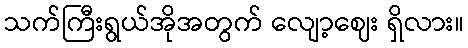
သက်ကြီးရွယ်အိုအတွက် လျော့ဈေး ရှိလား။